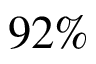
9 2 \%